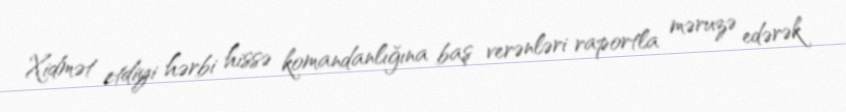
Xidmət etdiyi hərbi hissə komandanlığına baş verənləri raportla məruzə edərək